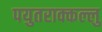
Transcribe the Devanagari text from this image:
पयुतराक्कल्लु